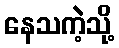
နေသကဲ့သို့